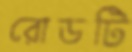
রোডটি